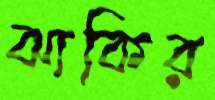
ঝাকির